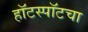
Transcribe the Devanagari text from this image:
हॉटस्पॉटचा